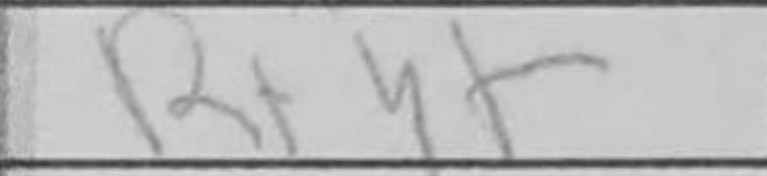
Transcription: Rxh+